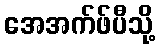
အေအက်ဖ်ပီသို့